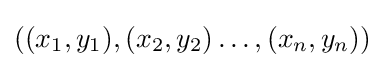
((x_{1},y_{1}),(x_{2},y_{2})\ldots ,(x_{n},y_{n}))